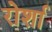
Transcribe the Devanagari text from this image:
रोर्शा